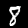
Digit: 8